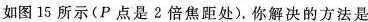
如图15所示(Р点是2倍焦距处)。你解决的方法是